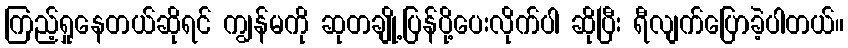
ကြည့်ရှုနေတယ်ဆိုရင် ကျွန်မကို ဆုတချို့ပြန်ပို့ပေးလိုက်ပါ ဆိုပြီး ရီလျက်ပြောခဲ့ပါတယ်။